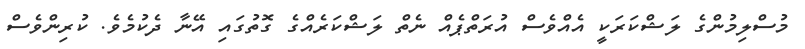
މުސްލިމުންގެ ލަޝްކަރަކީ އެއްވެސް އުރަތްޕެއް ނެތް ލަޝްކަރެއްގެ ގޮތުގައި އޭނާ ދެކުމެވެ. ކުރިންވެސް